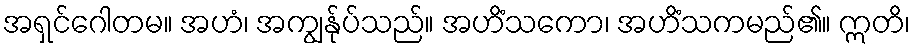
အရှင်ဂေါတမ။ အဟံ၊ အကျွန်ုပ်သည်။ အဟိံသကော၊ အဟိံသကမည်၏။ ဣတိ၊